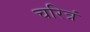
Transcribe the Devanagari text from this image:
चरित्रं